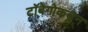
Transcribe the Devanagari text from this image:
टॉबेगोकडून